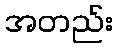
အတည်း